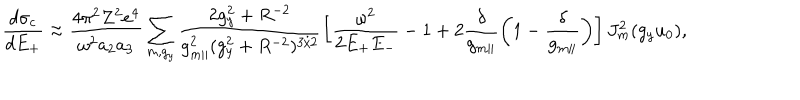
\frac { d \sigma _ { c } } { d E _ { + } } \approx \frac { 4 \pi ^ { 2 } Z ^ { 2 } e ^ { 4 } } { \omega ^ { 2 } a _ { 2 } a _ { 3 } } \sum _ { m , g _ { y } } \frac { 2 g _ { y } ^ { 2 } + R ^ { - 2 } } { g _ { m \parallel } ^ { 2 } ( g _ { y } ^ { 2 } + R ^ { - 2 } ) ^ { 3 / 2 } } \left[ \frac { \omega ^ { 2 } } { 2 E _ { + } E _ { - } } - 1 + 2 \frac { \delta } { g _ { m \parallel } } \left( 1 - \frac { \delta } { g _ { m \parallel } } \right) \right] J _ { m } ^ { 2 } ( g _ { y } u _ { 0 } ) ,